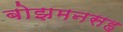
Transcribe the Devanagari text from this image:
बोझमनसह